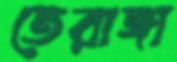
তেরাঙ্গা